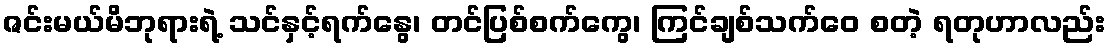
ဇင်းမယ်မိဘုရားရဲ့ သင်နှင့်ရက်နွေ၊ တင်ပြစ်စက်ကွေ၊ ကြင်ချစ်သက်ဝေ စတဲ့ ရတုဟာလည်း